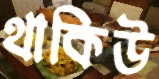
থাকিউ